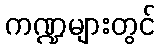
ကဏ္ဍများတွင်